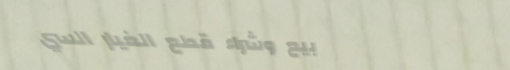
بيع وشراء قطع الغيار السي